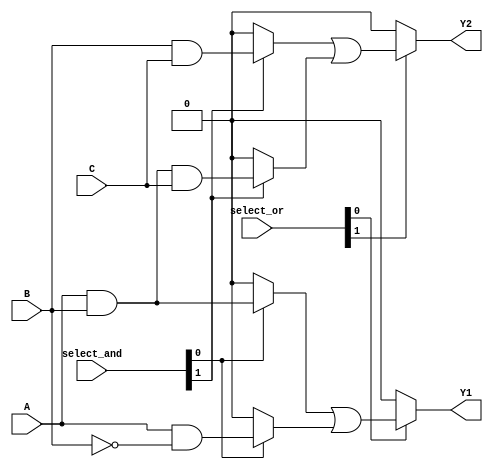
module PLA (
    input wire A,      // Input A
    input wire B,      // Input B
    input wire C,      // Input C
    input wire [1:0] select_and,   // Select lines for AND gates
    input wire [1:0] select_or,    // Select lines for OR gates
    output wire Y1,    // Output Y1
    output wire Y2     // Output Y2
);

// Internal signals from AND plane
wire and_out[3:0]; // Assume 4 AND gates

// AND Plane implementation (4 AND gates)
assign and_out[0] = (select_and[0] == 1'b1) ? (A & B) : 1'b0;
assign and_out[1] = (select_and[0] == 1'b1) ? (A & ~B) : 1'b0;
assign and_out[2] = (select_and[1] == 1'b1) ? (B & C) : 1'b0;
assign and_out[3] = (select_and[1] == 1'b1) ? (A & B & C) : 1'b0;

// OR Plane implementation (2 OR gates)
assign Y1 = (select_or[0] == 1'b1) ? (and_out[0] | and_out[1]) : 1'b0;
assign Y2 = (select_or[1] == 1'b1) ? (and_out[2] | and_out[3]) : 1'b0;

endmodule